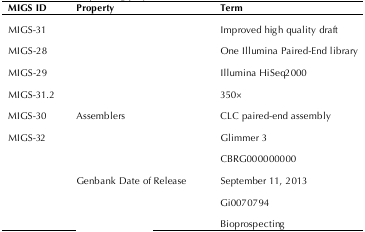
<table><thead><tr><td><b>MIGS ID</b></td><td><b>Property</b></td><td><b>Term</b></td></tr></thead><tbody><tr><td>MIGS-31</td><td>[EMPTY_CELL]</td><td>Improved high quality draft</td></tr><tr><td>MIGS-28</td><td>[EMPTY_CELL]</td><td>One Illumina Paired-End library</td></tr><tr><td>MIGS-29</td><td>[EMPTY_CELL]</td><td>Illumina HiSeq2000</td></tr><tr><td>MIGS-31.2</td><td>[EMPTY_CELL]</td><td>350×</td></tr><tr><td>MIGS-30</td><td>Assemblers</td><td>CLC paired-end assembly</td></tr><tr><td>MIGS-32</td><td>[EMPTY_CELL]</td><td>Glimmer 3</td></tr><tr><td>[EMPTY_CELL]</td><td>[EMPTY_CELL]</td><td>CBRG000000000</td></tr><tr><td>[EMPTY_CELL]</td><td>Genbank Date of Release</td><td>September 11, 2013</td></tr><tr><td>[EMPTY_CELL]</td><td>[EMPTY_CELL]</td><td>Gi0070794</td></tr><tr><td>[EMPTY_CELL]</td><td>[EMPTY_CELL]</td><td>Bioprospecting</td></tr></tbody></table>